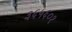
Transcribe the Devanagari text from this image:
३६५६०१